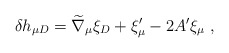
\begin{align*}\delta h_{\mu D}={\widetilde \nabla}_\mu \xi_D +\xi_\mu^\prime-2A^\prime \xi_\mu~,\end{align*}